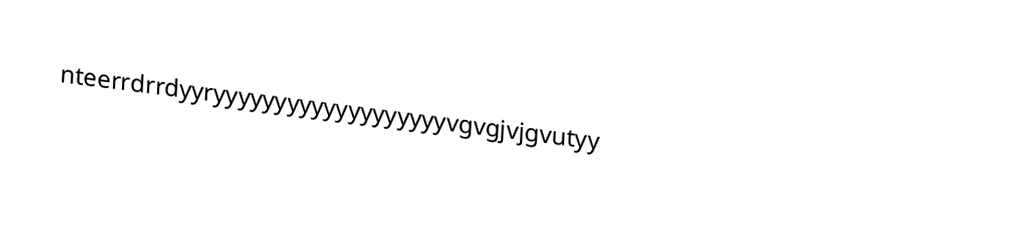
nteerrdrrdyyryyyyyyyyyyyyyyyyyyyvgvgjvjgvutyy